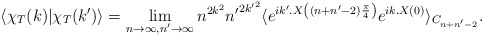
\begin{align*}\langle\chi_T(k)|\chi_T(k')\rangle=\lim_{n\to\infty, n'\to\infty} n^{2k^2}{n'}^{2{k'}^2}\langle e^{ik'.X\left((n+n'-2)\frac{\pi}{4}\right)} e^{ik.X(0)}\rangle_{C_{n+n'-2}} .\end{align*}